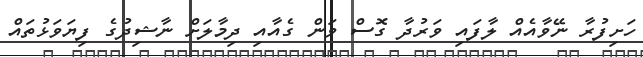
ހަށިފުރާ ނޭވާއެއް ލާފައި ވަރުދާ ގޮސް ވަން ގެއާއި ދިމާލަށް ނާޝިދުގެ ފިޔަވަޅުތައް